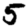
Digit: 5